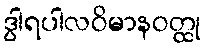
ဒွါရပါလဝိမာနဝတ္ထု